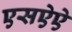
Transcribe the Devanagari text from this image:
एसऐऐ